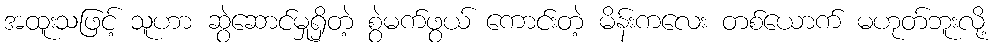
အထူးသဖြင့် သူဟာ ဆွဲဆောင်မှုရှိတဲ့ စွဲမက်ဖွယ် ကောင်းတဲ့ မိန်းကလေး တစ်ယောက် မဟုတ်ဘူးလို့